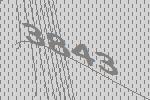
3843